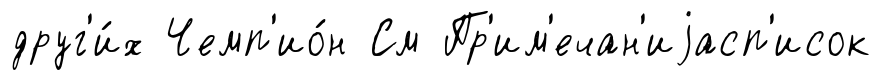
друг'и́х Чемп'ио́н См Пр'им'ечан'иjасп'исок